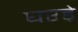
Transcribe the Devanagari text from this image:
घरड़े